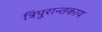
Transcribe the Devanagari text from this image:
त्रिपुरान्तकाय